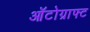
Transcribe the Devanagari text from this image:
ऑटोग्राफ्ट